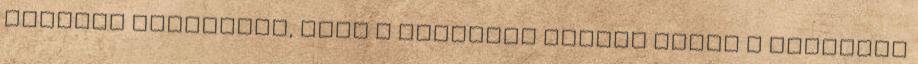
egymást hűségesen, mert a szeretet leplet borít a rengeteg